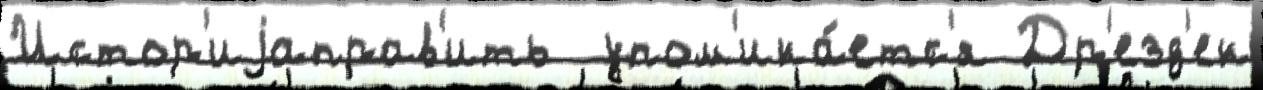
Истор'иjаправ'ить  упом'ина́етс'я Др'езд'ен